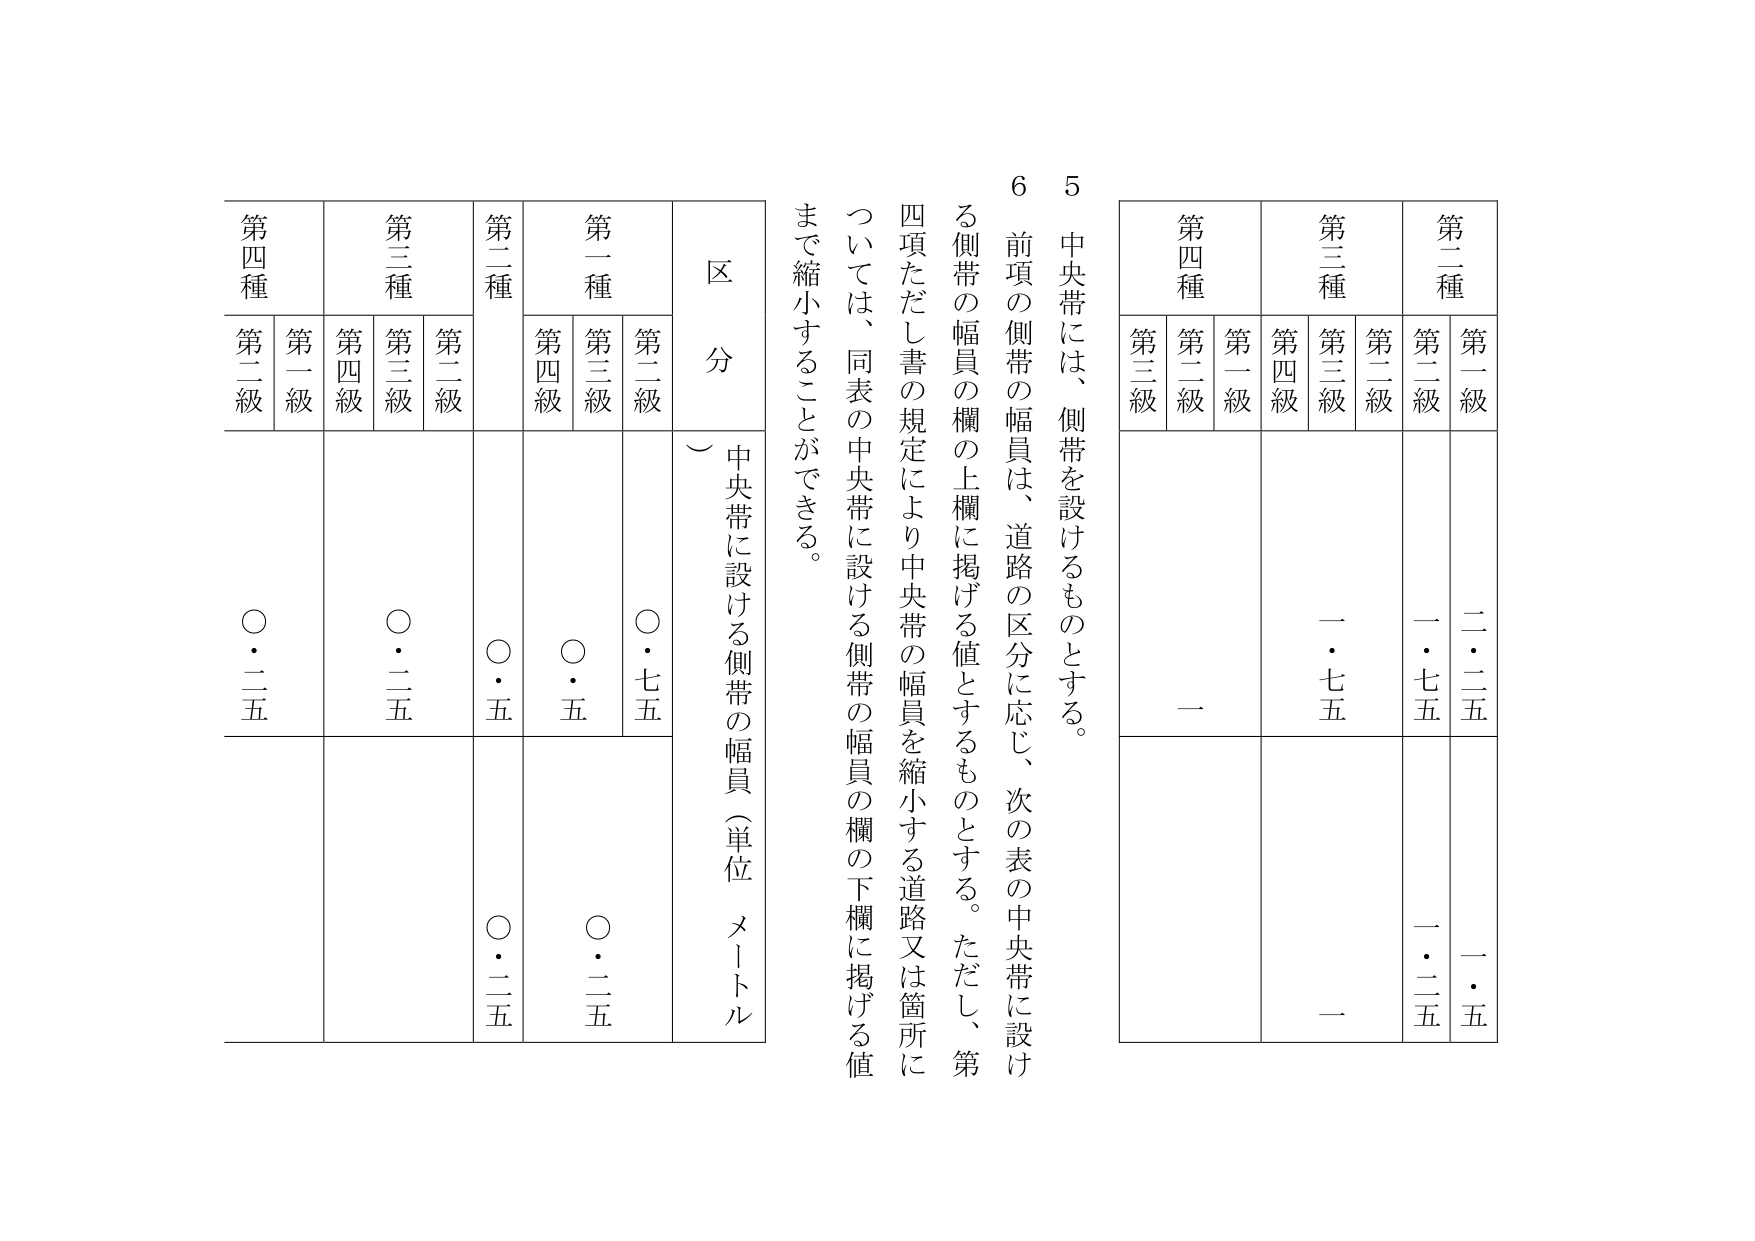
5 中央帯には、側帯を設けるものとする。

6 前項の側帯の幅員は、道路の区分に応じ、次の表の中央帯に設ける側帯の幅員の欄の上欄に掲げる値とするものとする。ただし、第四項ただし書の規定により中央帯の幅員を縮小する道路又は箇所については、同表の中央帯に設ける側帯の幅員の欄の下欄に掲げる値まで縮小することができる。

区 分
中央帯に設ける側帯の幅員（単位 メートル）

第二種
第二級 二・二五
第二級 一・七五

第三種
第三級 一・七五
第四級 一

第四種
第二級 一
第一級 一

第二種
第二級 〇・五
第三級 〇・二五

第一種
第二級 〇・七五
第三級 〇・五
第四級 〇・二五

第四種
第二級 〇・二五
第一級 〇・二五